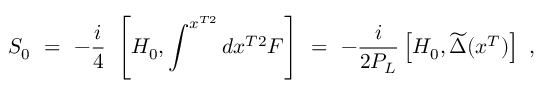
S _ { 0 } \ = \ - \frac { i } { 4 } \ \left[ H _ { 0 } , \int ^ { x ^ { T 2 } } d x ^ { T 2 } F \right] \ = \ - \frac { i } { 2 P _ { L } } \left[ H _ { 0 } , \widetilde \Delta ( x ^ { T } ) \right] \ ,